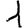
Digit: 1